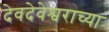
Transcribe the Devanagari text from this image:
देवदेवेश्वराच्या